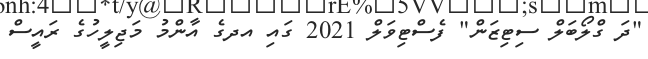
"ދަ ގްލޯބަލް ސިޓިޒަން" ފެސްޓިވަލް 2021 ގައި އދގެ އާންމު މަޖިލީހުގެ ރައީސް